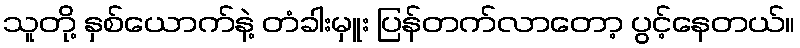
သူတို့ နှစ်ယောက်နဲ့ တံခါးမှူး ပြန်တက်လာတော့ ပွင့်နေတယ်။